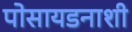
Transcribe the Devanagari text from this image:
पोसायडनाशी